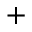
^ { + }